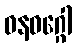
ဓနဝဂ္ဂေါ